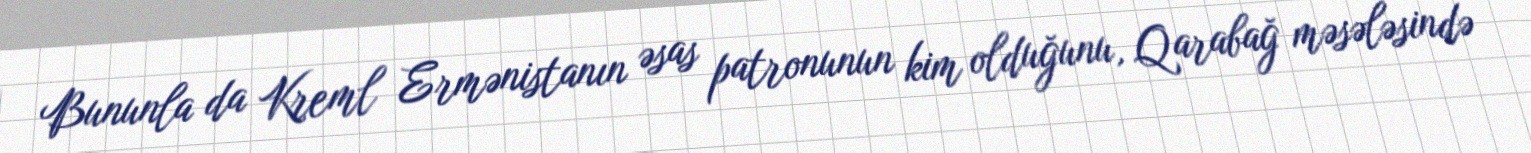
Bununla da Kreml Ermənistanın əsas patronunun kim olduğunu, Qarabağ məsələsində